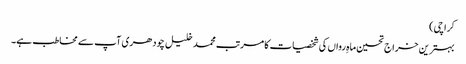
کراچی)
بہترین خراج تحسین ماہِ رواں کی شخصیات کا مرتب محمد خلیل چودھری آپ سے مخاطب ہے۔